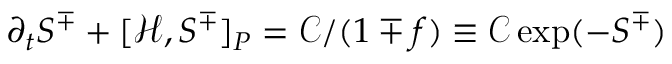
\partial _ { t } S ^ { \mp } + [ \mathcal { H } , S ^ { \mp } ] _ { P } = \mathcal { C } / ( 1 \mp f ) \equiv \mathcal { C } \exp ( - S ^ { \mp } )